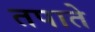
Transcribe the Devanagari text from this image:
तपाते